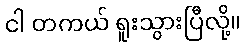
ငါ တကယ် ရူးသွားပြီလို့။